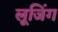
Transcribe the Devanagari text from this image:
लूजिंग